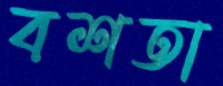
বশতা